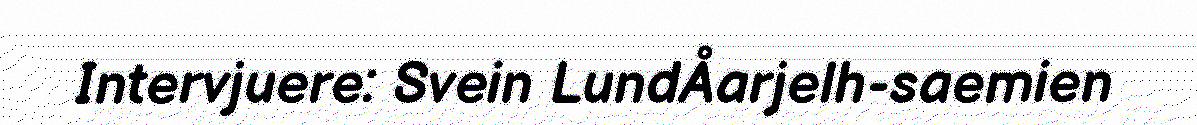
Intervjuere: Svein LundÅarjelh-saemien